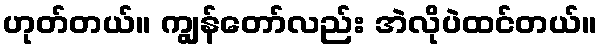
ဟုတ်တယ်။ ကျွန်တော်လည်း အဲလိုပဲထင်တယ်။